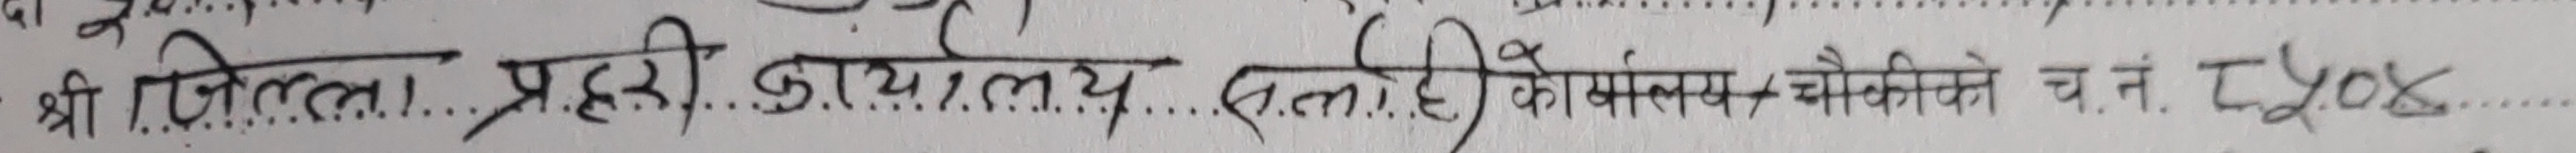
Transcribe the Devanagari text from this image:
श्री जिल्ला प्रहरी कार्यालय दल्ही/चौकी च नं. ८५०५.